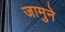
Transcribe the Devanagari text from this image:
जामुने